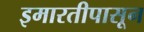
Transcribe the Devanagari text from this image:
इमारतीपासून